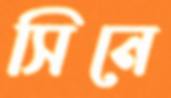
সিনে